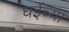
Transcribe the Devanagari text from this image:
घईच्या